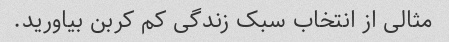
مثالی از انتخاب سبک زندگی کم کربن بیاورید.